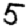
Digit: 5